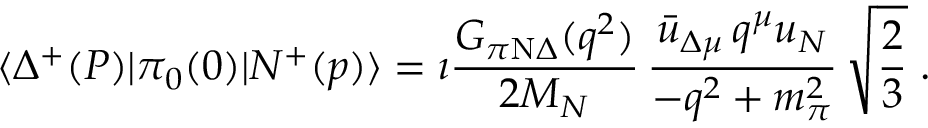
\langle \Delta ^ { + } ( P ) | \pi _ { 0 } ( 0 ) | N ^ { + } ( p ) \rangle = \i { \frac { G _ { \pi \mathrm { N } \Delta } ( q ^ { 2 } ) } { 2 M _ { N } } } \, { \frac { \bar { u } _ { \Delta \mu } \, q ^ { \mu } u _ { N } } { - q ^ { 2 } + m _ { \pi } ^ { 2 } } } \, \sqrt { \frac { 2 } { 3 } } \; .